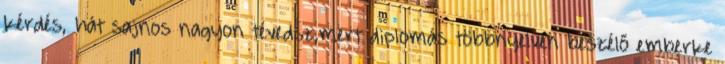
kérdés, hát sajnos nagyon tévedsz,mert diplomás többnyelven beszélő emberke